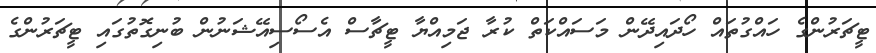
ޓީޗަރުންގެ ހައްގުތައް ހޯދައިދޭން މަސައްކަތް ކުރާ ޖަމިއްޔާ ޓީޗާސް އެސޯސިއޭޝަނުން ބުނިގޮތުގައި ޓީޗަރުންގެ